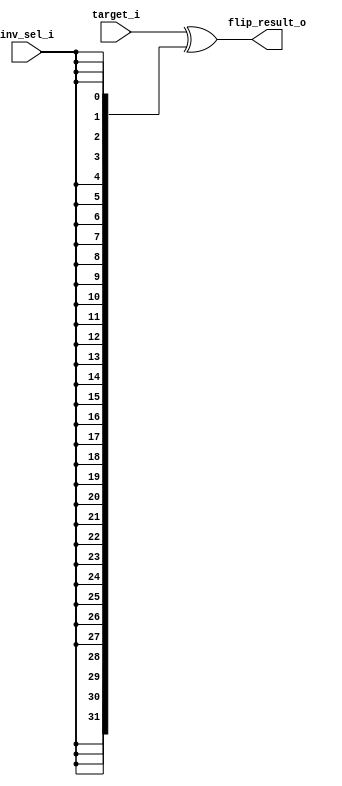
module ConditionalInverter32Bit(
    // flips the bits of target_i if inv_sel_i == 1;
    input [31:0] target_i,
    input inv_sel_i,

    output [31:0] flip_result_o
    );

    assign flip_result_o = target_i ^ {32{inv_sel_i}};
endmodule